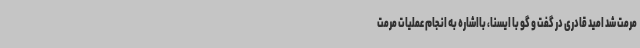
مرمت شد امید قادری در گفت و گو با ایسنا، بااشاره به انجام عملیات مرمت